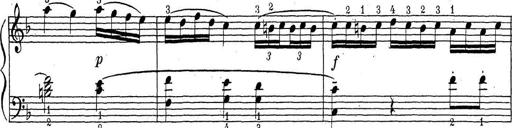
Title: ÄŒeskÃ© Sonatiny
Composer: Various